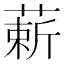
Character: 𫉈